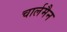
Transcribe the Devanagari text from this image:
चार्लमैन